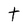
Character: t